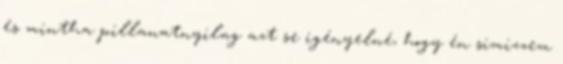
és mintha pillanatnyilag azt se igényelné, hogy én simizzem